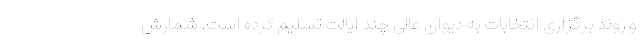
و روند برگزاری انتخابات به دیوان عالی چند ایالت تسلیم کرده است. شمارش